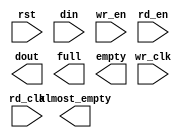
module async_fifo_ddr2_x2(
	rst,
	wr_clk,
	rd_clk,
	din,
	wr_en,
	rd_en,
	dout,
	full,
	empty,
	almost_empty);


input rst;
input wr_clk;
input rd_clk;
input [127 : 0] din;
input wr_en;
input rd_en;
output [255 : 0] dout;
output full;
output empty;
output almost_empty;

// synthesis translate_off

      FIFO_GENERATOR_V5_3 #(
		.C_COMMON_CLOCK(0),
		.C_COUNT_TYPE(0),
		.C_DATA_COUNT_WIDTH(10),
		.C_DEFAULT_VALUE("BlankString"),
		.C_DIN_WIDTH(128),
		.C_DOUT_RST_VAL("0"),
		.C_DOUT_WIDTH(256),
		.C_ENABLE_RLOCS(0),
		.C_ENABLE_RST_SYNC(1),
		.C_ERROR_INJECTION_TYPE(0),
		.C_FAMILY("virtex5"),
		.C_FULL_FLAGS_RST_VAL(0),
		.C_HAS_ALMOST_EMPTY(1),
		.C_HAS_ALMOST_FULL(0),
		.C_HAS_BACKUP(0),
		.C_HAS_DATA_COUNT(0),
		.C_HAS_INT_CLK(0),
		.C_HAS_MEMINIT_FILE(0),
		.C_HAS_OVERFLOW(0),
		.C_HAS_RD_DATA_COUNT(0),
		.C_HAS_RD_RST(0),
		.C_HAS_RST(1),
		.C_HAS_SRST(0),
		.C_HAS_UNDERFLOW(0),
		.C_HAS_VALID(0),
		.C_HAS_WR_ACK(0),
		.C_HAS_WR_DATA_COUNT(0),
		.C_HAS_WR_RST(0),
		.C_IMPLEMENTATION_TYPE(2),
		.C_INIT_WR_PNTR_VAL(0),
		.C_MEMORY_TYPE(1),
		.C_MIF_FILE_NAME("BlankString"),
		.C_MSGON_VAL(0),
		.C_OPTIMIZATION_MODE(0),
		.C_OVERFLOW_LOW(0),
		.C_PRELOAD_LATENCY(0),
		.C_PRELOAD_REGS(1),
		.C_PRIM_FIFO_TYPE("1kx36"),
		.C_PROG_EMPTY_THRESH_ASSERT_VAL(4),
		.C_PROG_EMPTY_THRESH_NEGATE_VAL(5),
		.C_PROG_EMPTY_TYPE(0),
		.C_PROG_FULL_THRESH_ASSERT_VAL(1023),
		.C_PROG_FULL_THRESH_NEGATE_VAL(1022),
		.C_PROG_FULL_TYPE(0),
		.C_RD_DATA_COUNT_WIDTH(9),
		.C_RD_DEPTH(512),
		.C_RD_FREQ(1),
		.C_RD_PNTR_WIDTH(9),
		.C_UNDERFLOW_LOW(0),
		.C_USE_DOUT_RST(1),
		.C_USE_ECC(0),
		.C_USE_EMBEDDED_REG(1),
		.C_USE_FIFO16_FLAGS(0),
		.C_USE_FWFT_DATA_COUNT(0),
		.C_VALID_LOW(0),
		.C_WR_ACK_LOW(0),
		.C_WR_DATA_COUNT_WIDTH(10),
		.C_WR_DEPTH(1024),
		.C_WR_FREQ(1),
		.C_WR_PNTR_WIDTH(10),
		.C_WR_RESPONSE_LATENCY(1))
	inst (
		.RST(rst),
		.WR_CLK(wr_clk),
		.RD_CLK(rd_clk),
		.DIN(din),
		.WR_EN(wr_en),
		.RD_EN(rd_en),
		.DOUT(dout),
		.FULL(full),
		.EMPTY(empty),
		.ALMOST_EMPTY(almost_empty),
		.BACKUP(),
		.BACKUP_MARKER(),
		.CLK(),
		.SRST(),
		.WR_RST(),
		.RD_RST(),
		.PROG_EMPTY_THRESH(),
		.PROG_EMPTY_THRESH_ASSERT(),
		.PROG_EMPTY_THRESH_NEGATE(),
		.PROG_FULL_THRESH(),
		.PROG_FULL_THRESH_ASSERT(),
		.PROG_FULL_THRESH_NEGATE(),
		.INT_CLK(),
		.INJECTDBITERR(),
		.INJECTSBITERR(),
		.ALMOST_FULL(),
		.WR_ACK(),
		.OVERFLOW(),
		.VALID(),
		.UNDERFLOW(),
		.DATA_COUNT(),
		.RD_DATA_COUNT(),
		.WR_DATA_COUNT(),
		.PROG_FULL(),
		.PROG_EMPTY(),
		.SBITERR(),
		.DBITERR());


// synthesis translate_on

// XST black box declaration
// box_type "black_box"
// synthesis attribute box_type of async_fifo_ddr2_x2 is "black_box"

endmodule